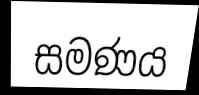
සමණය